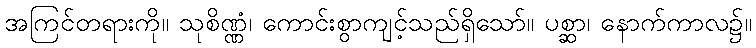
အကြင်တရားကို။ သုစိဏ္ဏံ၊ ကောင်းစွာကျင့်သည်ရှိသော်။ ပစ္ဆာ၊ နောက်ကာလ၌။